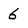
Character: 6